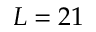
L = 2 1